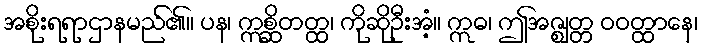
အစိုးရရာဌာနမည်၏။ ပန၊ ဣစ္ဆိတတ္ထ၊ ကိုဆိုဦးအံ့။ ဣဓ၊ ဤအဇ္ဈတ္တ ဝဝတ္ထာနေ၊